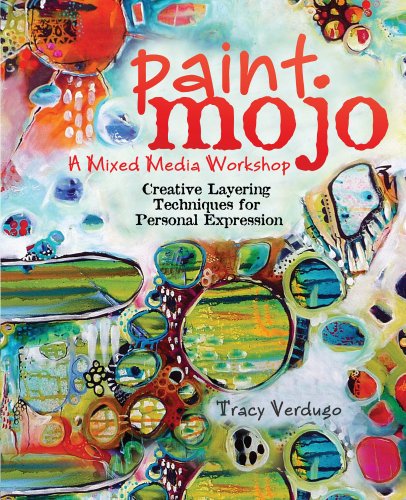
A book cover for Paint Mojo - A Mixed-Media Workshop: Creative Layering Techniques for Personal Expression; Tracy Verdugo; Crafts, Hobbies & Home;